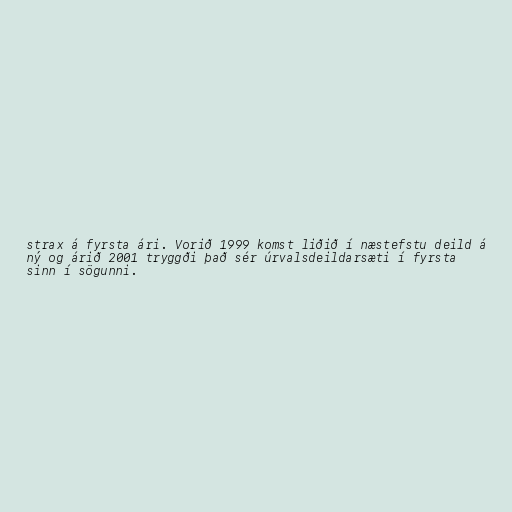
strax á fyrsta ári. Vorið 1999 komst liðið í næstefstu deild á
ný og árið 2001 tryggði það sér úrvalsdeildarsæti í fyrsta
sinn í sögunni.